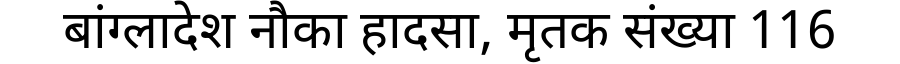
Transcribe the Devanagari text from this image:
बांग्लादेश नौका हादसा, मृतक संख्या 116